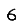
Digit: 6